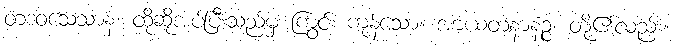
တဒဝသေသာနံ၊ ထိုဆိုအပ်ပြီးသည်မှ ကြွင်း ကုန်သော။ အာယတနာနဉ္စ၊ တို့၏လည်း။